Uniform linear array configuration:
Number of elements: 4
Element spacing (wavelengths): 0.5
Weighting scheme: kaiser
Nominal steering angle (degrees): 15
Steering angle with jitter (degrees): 15.211
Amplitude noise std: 0.05
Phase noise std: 0.05

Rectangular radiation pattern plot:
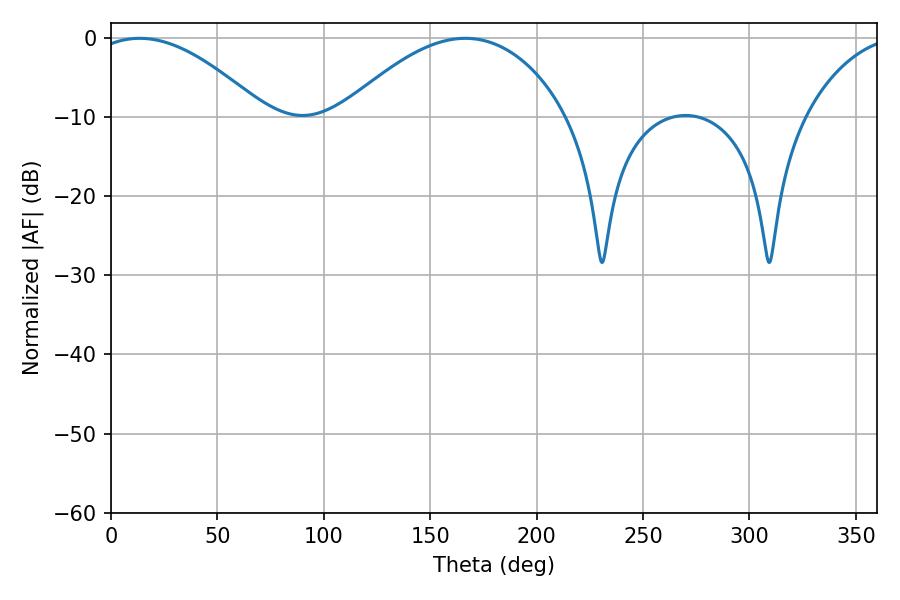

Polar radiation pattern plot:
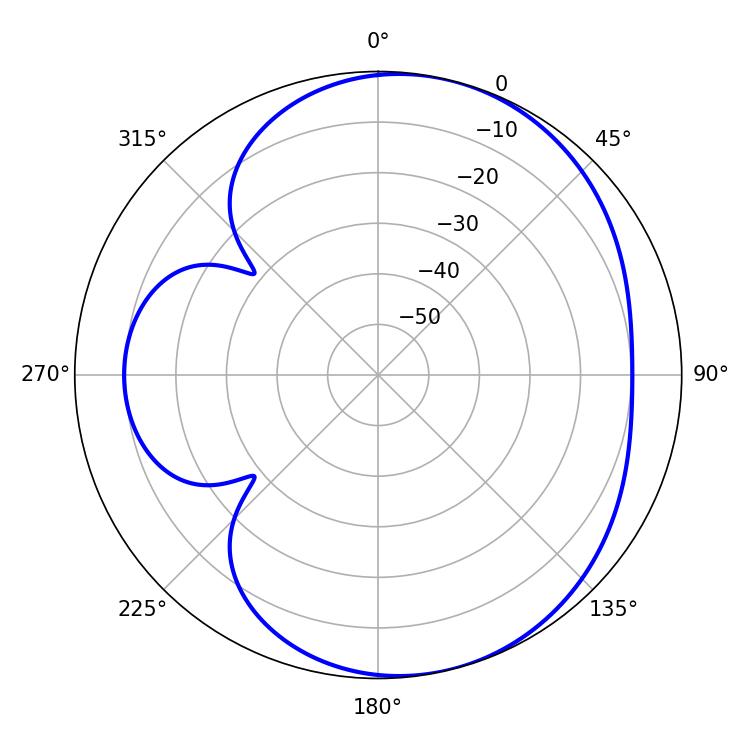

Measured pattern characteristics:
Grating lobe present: FALSE
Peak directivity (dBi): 5.509
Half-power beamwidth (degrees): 44.64
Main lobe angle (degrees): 13.5